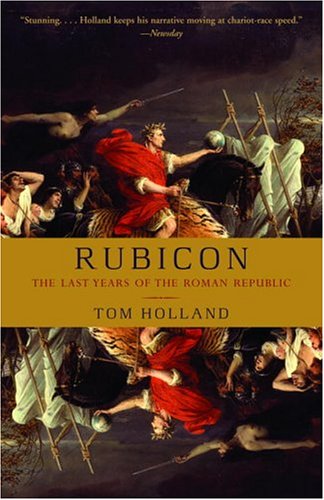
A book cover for Rubicon: The Last Years of the Roman Republic; Tom Holland; History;